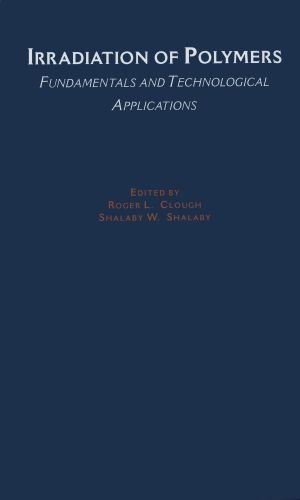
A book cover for Irradiation of Polymers: Fundamentals and Technological Applications (ACS Symposium Series); Science & Math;